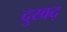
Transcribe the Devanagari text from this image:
दुखद्